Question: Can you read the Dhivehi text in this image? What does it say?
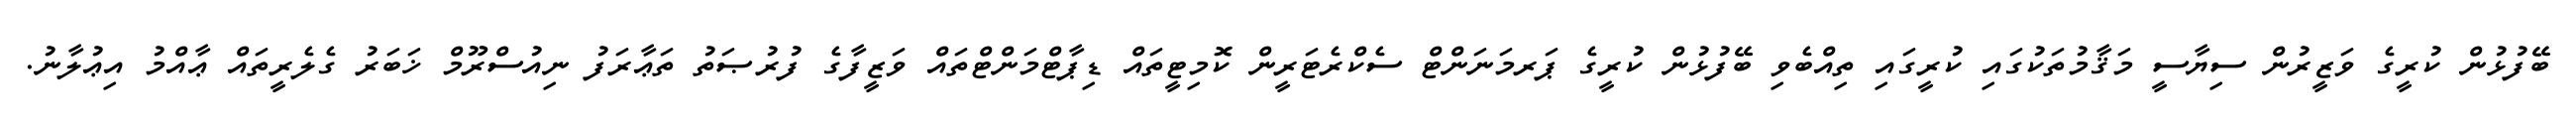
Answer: ބޭފުޅުން ކުރީގެ ވަޒީރުން ސިޔާސީ މަޤާމުތަކުގައި ކުރީގައި ތިއްބެވި ބޭފުޅުން ކުރީގެ ޕަރމަނަންޓް ސެކްރެޓަރީން ކޮމިޓީތައް ޑިޕާޓްމަންޓްތައް ވަޒީފާގެ ފުރުޞަތު ތަޢާރަފު ނިއުސްރޫމް ޚަބަރު ގެލެރީތައް ޢާއްމު އިޢުލާނު.